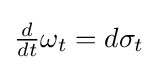
{\textstyle {\frac {d}{dt}}\omega _{t}=d\sigma _{t}}